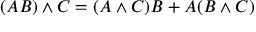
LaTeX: ( A B ) \wedge C = ( A \wedge C ) B + A ( B \wedge C )